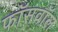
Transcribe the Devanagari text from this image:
फॉसवॉल